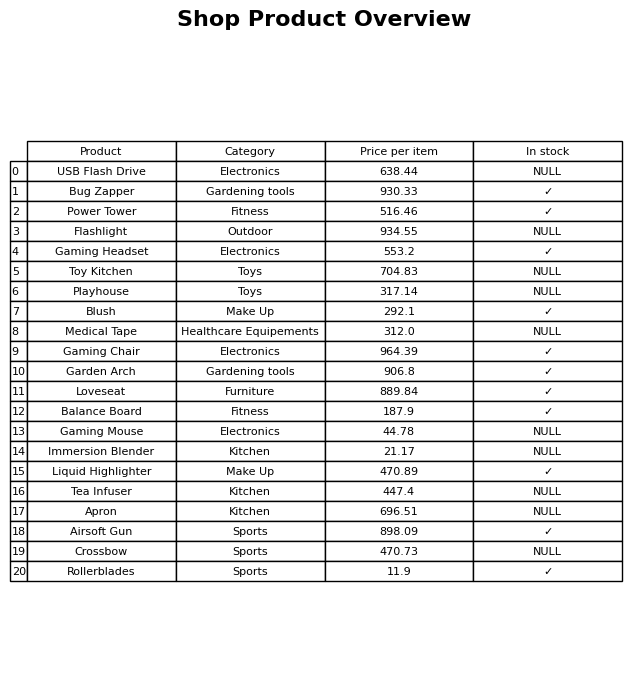
question: Which products are available in stock?
answer: Bug Zapper, Power Tower, Gaming Headset, Blush, Gaming Chair, Garden Arch, Loveseat, Balance Board, Liquid Highlighter, Airsoft Gun, Rollerblades